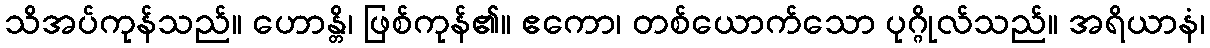
သိအပ်ကုန်သည်။ ဟောန္တိ၊ ဖြစ်ကုန်၏။ ဧကော၊ တစ်ယောက်သော ပုဂ္ဂိုလ်သည်။ အရိယာနံ၊